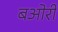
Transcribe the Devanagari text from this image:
बओरी